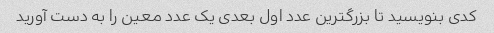
کدی بنویسید تا بزرگترین عدد اول بعدی یک عدد معین را به دست آورید